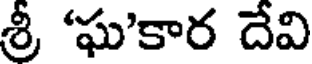
శ్రీ 'ఘ'కార దేవి